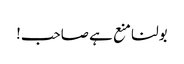
بولنا منع ہے صاحب!